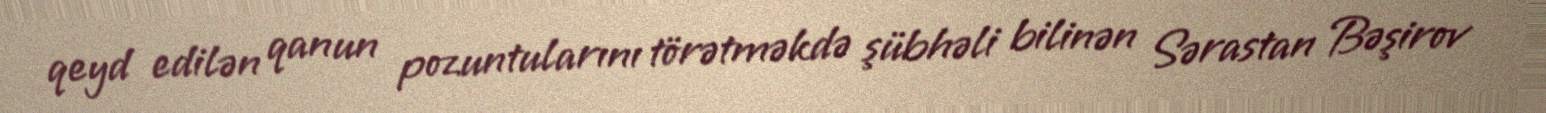
qeyd edilən qanun pozuntularını törətməkdə şübhəli bilinən Sərastan Bəşirov